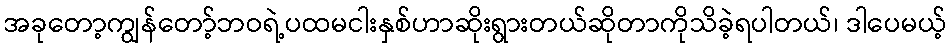
အခုတော့ကျွန်တော့်ဘဝရဲ့ပထမငါးနှစ်ဟာဆိုးရွားတယ်ဆိုတာကိုသိခဲ့ရပါတယ်၊ ဒါပေမယ့်